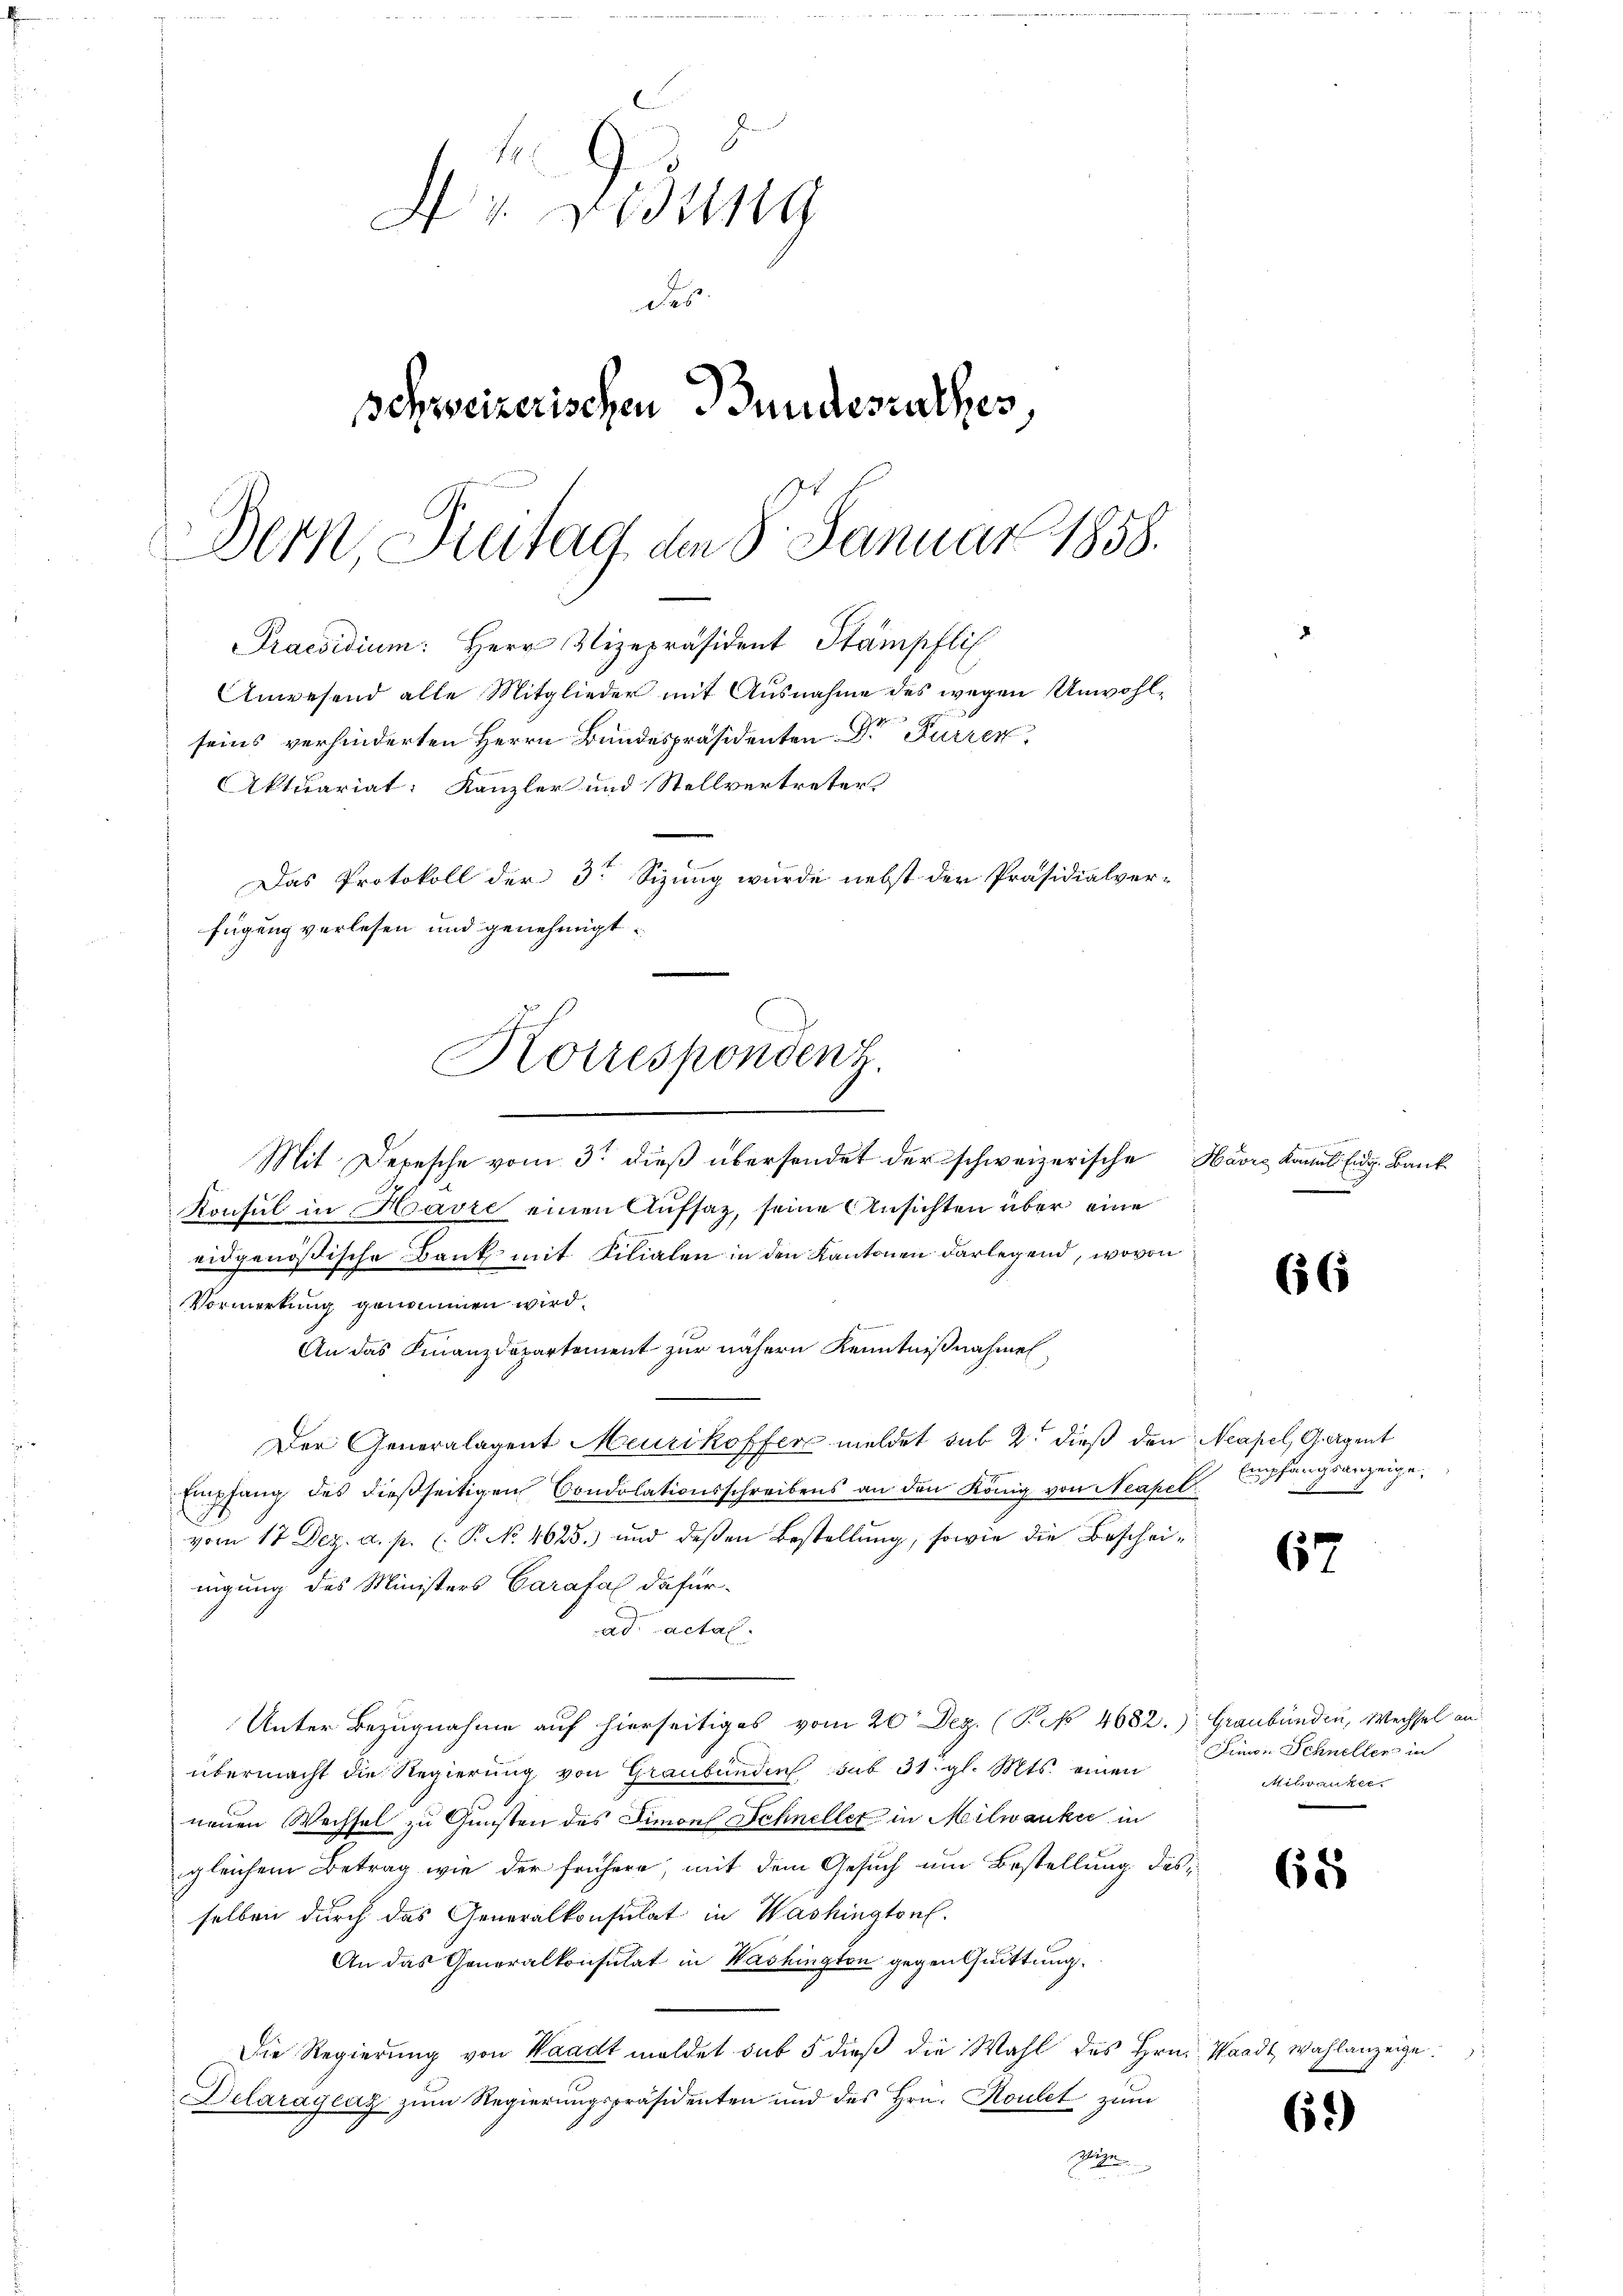
Dr Disung
des
Schweizerischen Bundesrathes
Bern Freitag den 8. Januar 1858.

Praesidium: Herr Vizepräsident Stampfli
Anwesend alle Mitglieder mit Ausnahme des wegen Unwohlseins verhinderten Herrn Bundespräsidenten Dr Furren,
Aktuariat: Kanzler und Stellvertreters
Das Protokoll der 3. Sizung wurde nebst der Präsidialver-
fügung verlesen und genehmigt.
Korrespondenz.

Mit Depesche vom 3t dieß übersendet der schweizerische Havre kannt. Eidg. Bank
Konsul in Havre einen Aufsaz, seine Ansichten über eine
eidgenößische Bank mit Filialen in den Kantonen darlegend, wovon
Vormerkung genommen wird.
An das Finanzdepartement zur nähern Kenntnißnahmen,
Der Generalagent Meurikoffer meldet sub 2. dieß den Neapel, G. Agent
Empfang des dießseitigen Condolationsschreibens an den König von Neapel
vom 17 Dez. a. p. ( P. No. 4625.) und deβen Bestellŭng, sowie die Bescheinigung des Ministers Carafal dafürad actal.
Unter Bezugnahme auf hierseitiges vom 20 Dez. (P.P. 4682.) Graubünden, Wechsel an
übermacht die Regierung von Graubünden sub 31. gl. Mts. einen
neuen Wechsel zu Gunsten des Simon Schneller in Milwanker in
gleichem Betrag wie der frühere, mit dem Gesuch um Bestellung desselben durch das Generalkonsulat in Washingtonl.
An das Generalkonsulat in Washingten gegentuittung.
Die Regierung von Waadt meldet sub 5 dieß die Wahl des Hrn. Waadt, Wahlanzeige
Delaraycaz zum Regierungspräsidenten und des Hrn. Routet zum
geze

66

Empfangsanzeige.

67

Simon Schneller in
Milwanker.
e

65

62)